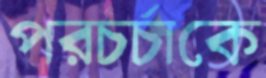
পরচর্চাকে